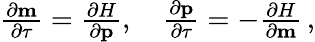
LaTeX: \begin{array}{r}{\frac{\partial\mathbf{m}}{\partial\tau}=\frac{\partial H}{\partial\mathbf{p}},\quad\frac{\partial\mathbf{p}}{\partial\tau}=-\frac{\partial H}{\partial\mathbf{m}}\, ,}\end{array}